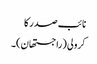
نائب صدر کا
کرولی (راجستھان)۔